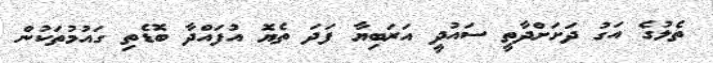
ތެލުގެ އަގު ދަށަށްދާތީ ސައުދީ އަރަބިޔާ ފަދަ ތެޔޮ އުފައްދާ ބޮޑެތި ގައުމުތަކުން